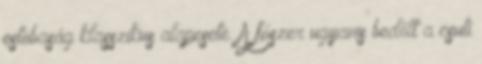
ostobaság klasszikus alapesete. A fószer ugyanis bedőlt a csuti